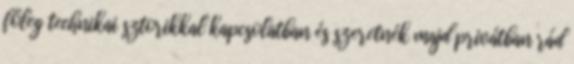
főleg technikai sztorikkal kapcsolatban és szeretnék majd privátban rád